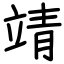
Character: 靖